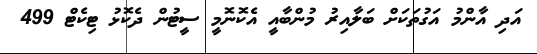
އަދި އާންމު އަގުތަކަށް ބަލާއިރު މުންބާއީ އެކޮނޮމީ ސީޓުން ދެކޮޅު ޓިކެޓް 499